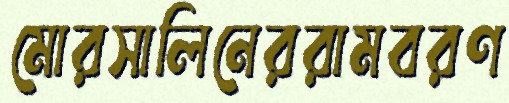
মোরসালিনেররামবরণ